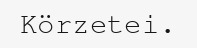
Körzetei.